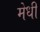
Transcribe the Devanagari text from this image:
मेधी